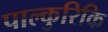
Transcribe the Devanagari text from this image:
पाल्कुरिकि